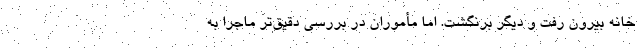
خانه بیرون رفت و دیگر برنگشت. اما مأموران در بررسی دقیق‌تر ماجرا به